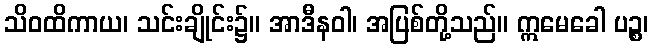
သိဝထိကာယ၊ သင်းချိုင်း၌။ အာဒီနဝါ၊ အပြစ်တို့သည်။ ဣမေခေါ ပဉ္စ၊